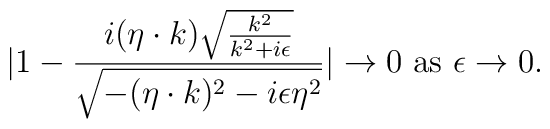
|1-{i(\eta\cdot k)\sqrt{{k^2\over{k^2+i\epsilon}}}\over{\sqrt{-(\eta\cdot k)^2-i\epsilon\eta^2}}}|\to0 \ {\rm as}\ \epsilon\to0.